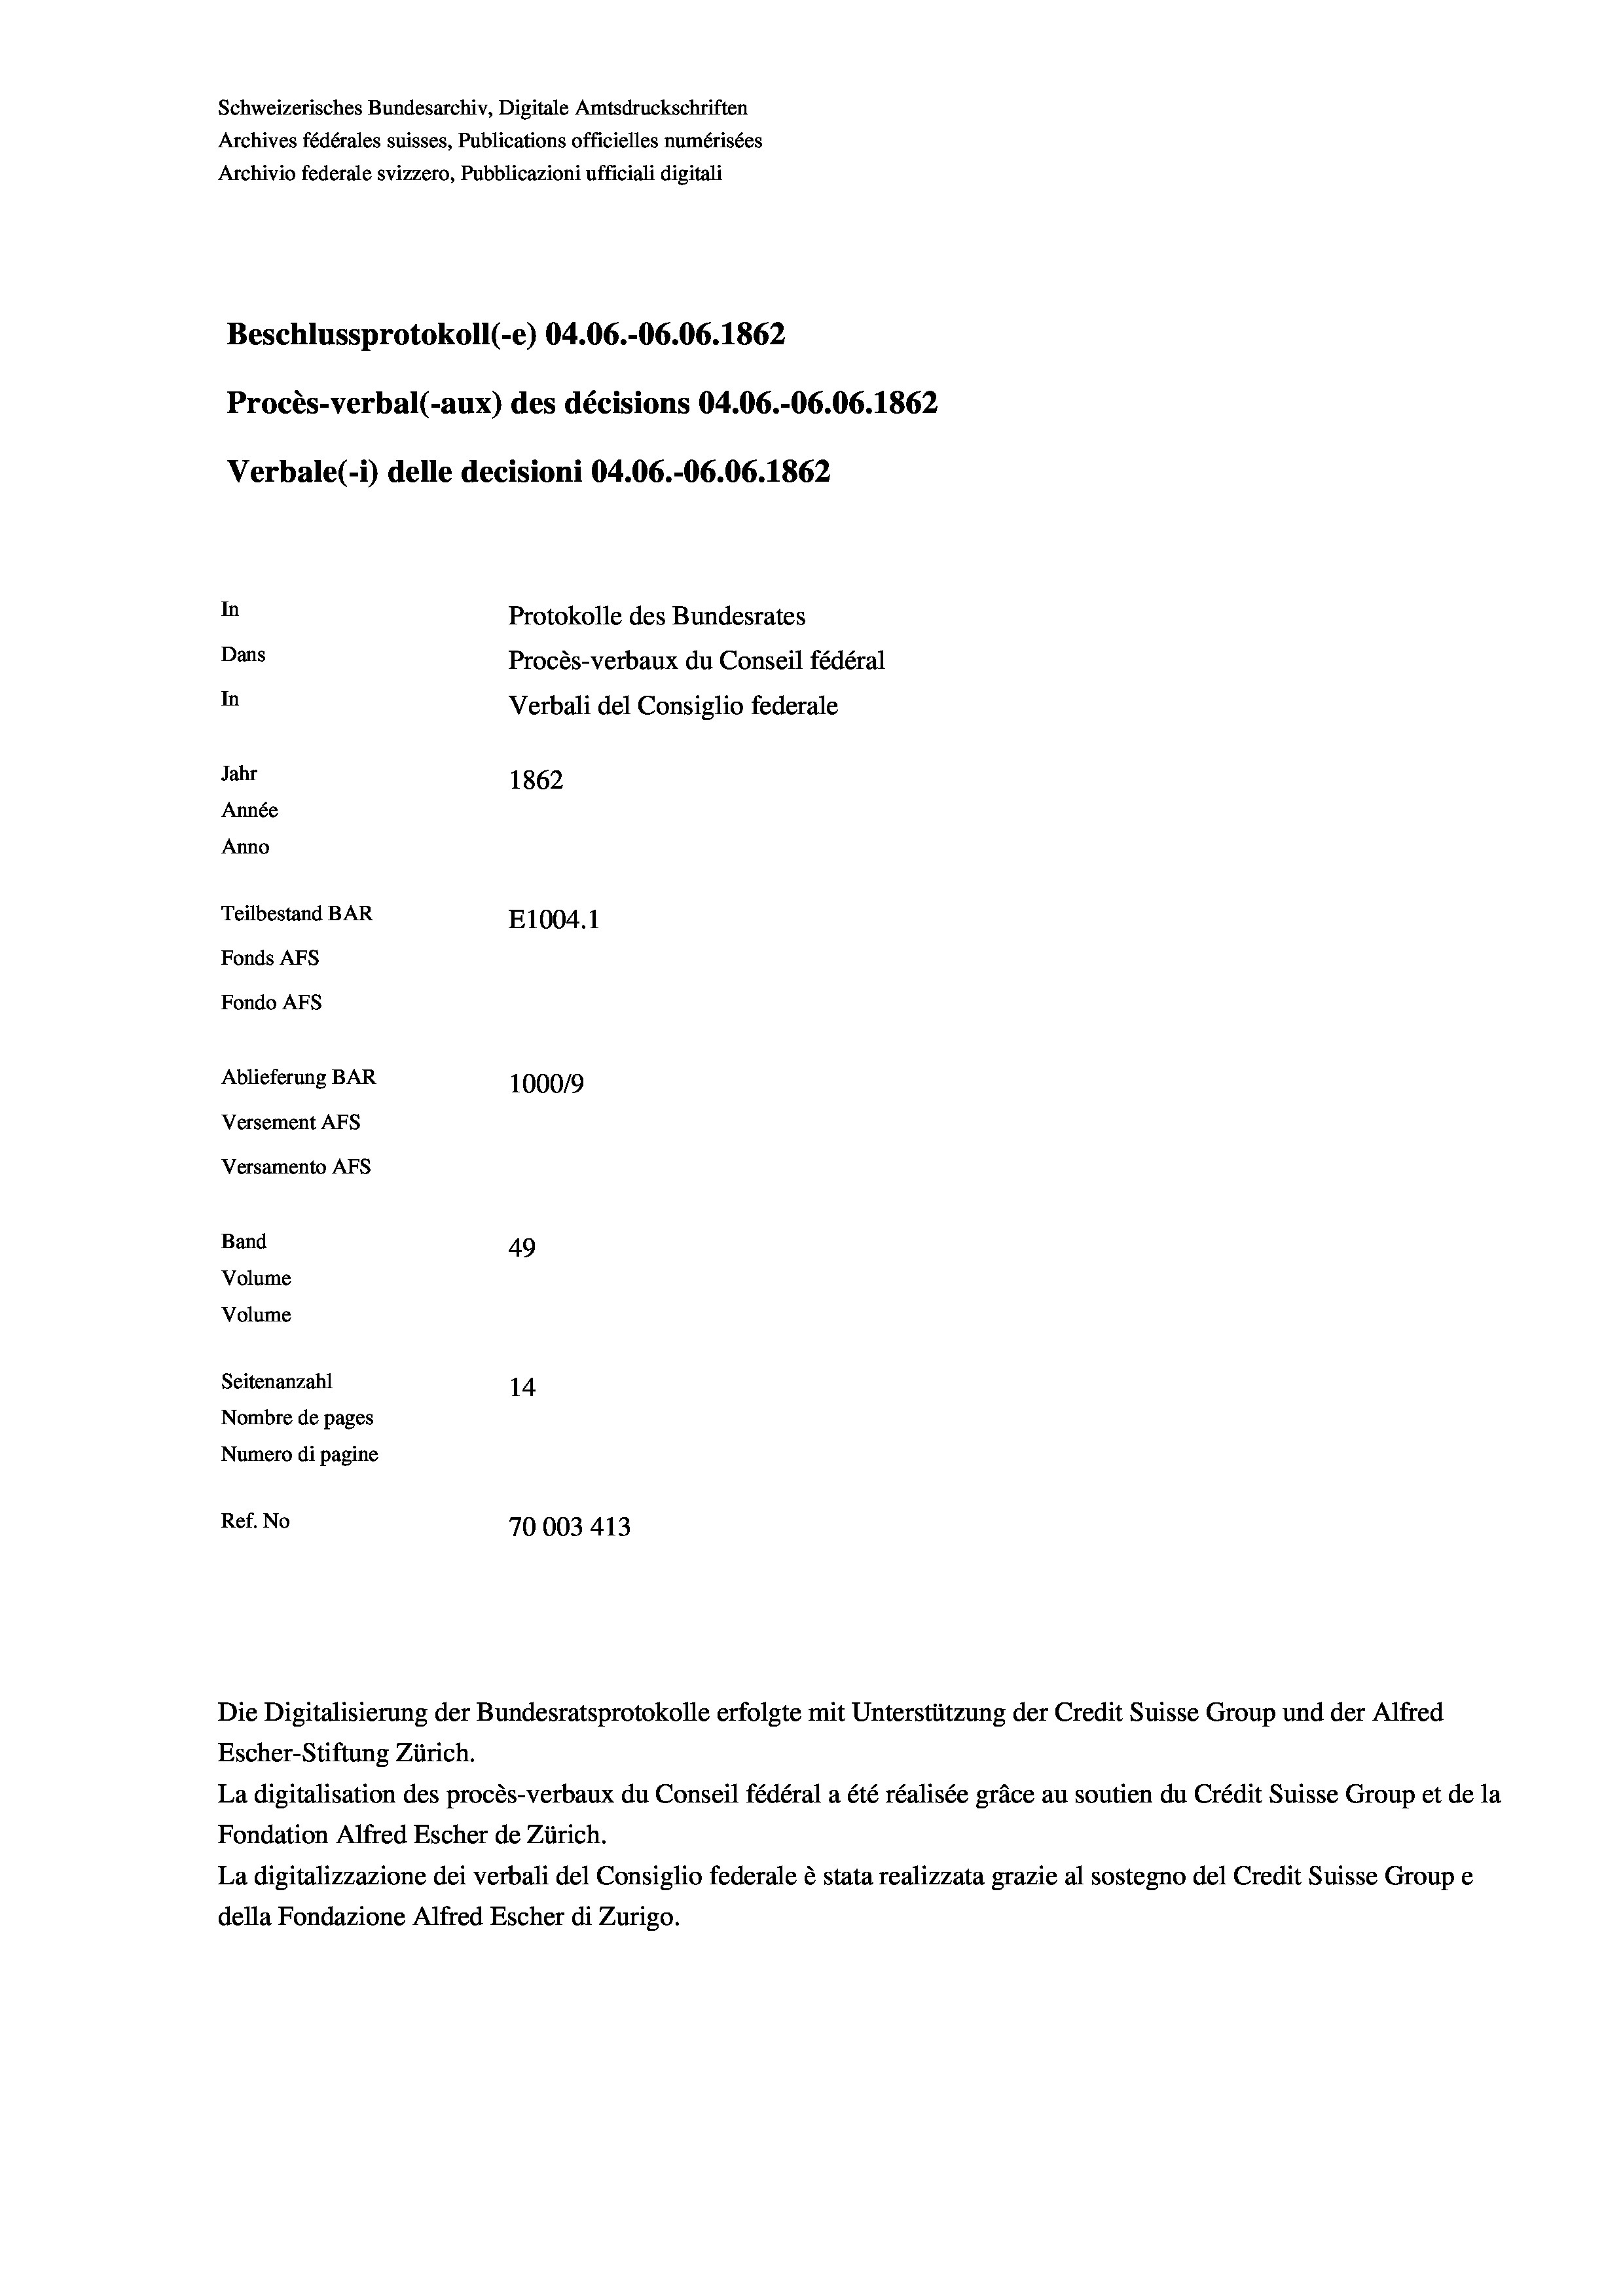
Schweizerisches Bundesarchiv, Digitale Amtsdruckschriften
Archives fédérales suisses, Publications officielles numérisées
Archivio federale svizzero, Pubblicazioni ufficiali digitali
Beschlussprotokoll (e) 04.06.-06.06. 1862
Procès-verbal (-aux) des décisions 04.06.-06.06. 1862
Verbale (-*) delle decisioni 04.06.-06.06. 1862
In
Protokolle des Bundesrates
Dans
Procès-verbaux du Conseil fédéral
In
Verbali del Consiglio federale
Jahr
1862
Année
Anno
Teilbestand BAR
E1004. 1
Fonds AFs
Fondo Afs
Ablieferung BAR
100019
Versement AFs
Versamento Afs
Band
49
Volume
Volume
Seitenanzahl
14
Nombre de pages
Numero di pagine
Ref. No
70003 413

Escher-Stiftung Zürich.
La digitalisation des procès-verbaux du Conseil fédéral a été réalisée gräce au soutien du Crédit Suisse Group et de la
Fondation Alfred Escher de Zürich.
La digitalizzazione dei verbali del Consiglio federale è stata realizzata grazie al sostegno del Credit Suisse Groupe
della Fondazione Alfred Escher di Zurigo.

Die Digitalisierung der Bundesratsprotokolle erfolgte mit Unterstützung der Credit Suisse Group und der Alfred